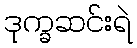
ဒုက္ခဆင်းရဲ